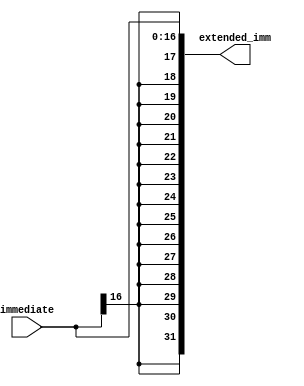
module sign_extend_16to32(extended_imm, immediate);
	input [16:0] immediate;
	output [31:0] extended_imm;
	
	assign extended_imm[16:0] = immediate;
	assign extended_imm[17] = immediate[16];
	assign extended_imm[18] = immediate[16];
	assign extended_imm[19] = immediate[16];
	assign extended_imm[20] = immediate[16];
	assign extended_imm[21] = immediate[16];
	assign extended_imm[22] = immediate[16];
	assign extended_imm[23] = immediate[16];
	assign extended_imm[24] = immediate[16];
	assign extended_imm[25] = immediate[16];
	assign extended_imm[26] = immediate[16];
	assign extended_imm[27] = immediate[16];
	assign extended_imm[28] = immediate[16];
	assign extended_imm[29] = immediate[16];
	assign extended_imm[30] = immediate[16];
	assign extended_imm[31] = immediate[16];
	
endmodule